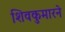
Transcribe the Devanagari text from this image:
शिवकुमारने